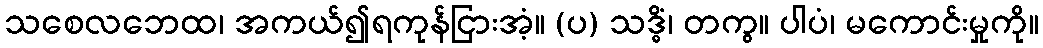
သစေလဘေထ၊ အကယ်၍ရကုန်ငြားအံ့။ (ပ) သဒ္ဓိံ၊ တကွ။ ပါပံ၊ မကောင်းမှုကို။